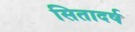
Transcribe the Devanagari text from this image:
सितादर्ष